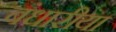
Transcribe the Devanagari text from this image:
बंधारीया